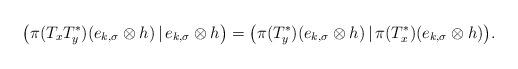
LaTeX: \begin{align*}\big(\pi(T_xT_y^*)(e_{k,\sigma}\otimes h)\,|\,e_{k,\sigma}\otimes h\big)=\big(\pi(T_y^*)(e_{k,\sigma}\otimes h)\,|\,\pi(T_x^*)(e_{k,\sigma}\otimes h)\big).\end{align*}